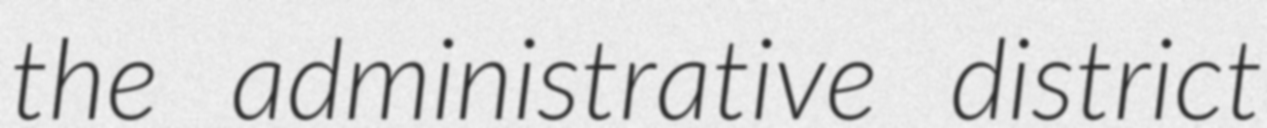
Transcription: the administrative district